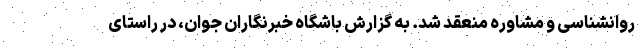
روانشناسی و مشاوره منعقد شد. به گزارش باشگاه خبرنگاران جوان، در راستای